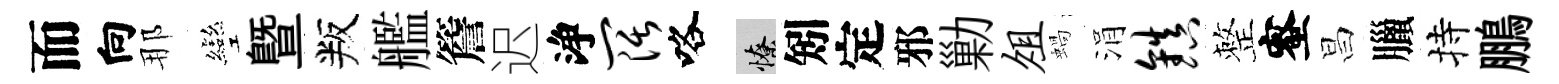
而向那彎暨叛艦簷迟浄阔咯憭矧定邪勦俎蝸涓镇整蜜昌臘持鵬